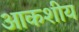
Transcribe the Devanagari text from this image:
आकशीय